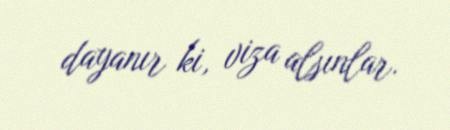
dayanır ki, viza alsınlar.